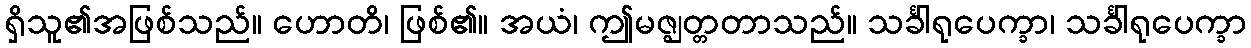
ရှိသူ၏အဖြစ်သည်။ ဟောတိ၊ ဖြစ်၏။ အယံ၊ ဤမဇ္ဈတ္တတာသည်။ သင်္ခါရုပေက္ခာ၊ သင်္ခါရုပေက္ခာ